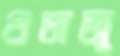
গুভাজু